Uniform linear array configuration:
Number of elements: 16
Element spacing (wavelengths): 0.25
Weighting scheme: uniform
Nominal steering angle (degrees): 60
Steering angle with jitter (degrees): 60.741
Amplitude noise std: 0.05
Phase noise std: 0.05

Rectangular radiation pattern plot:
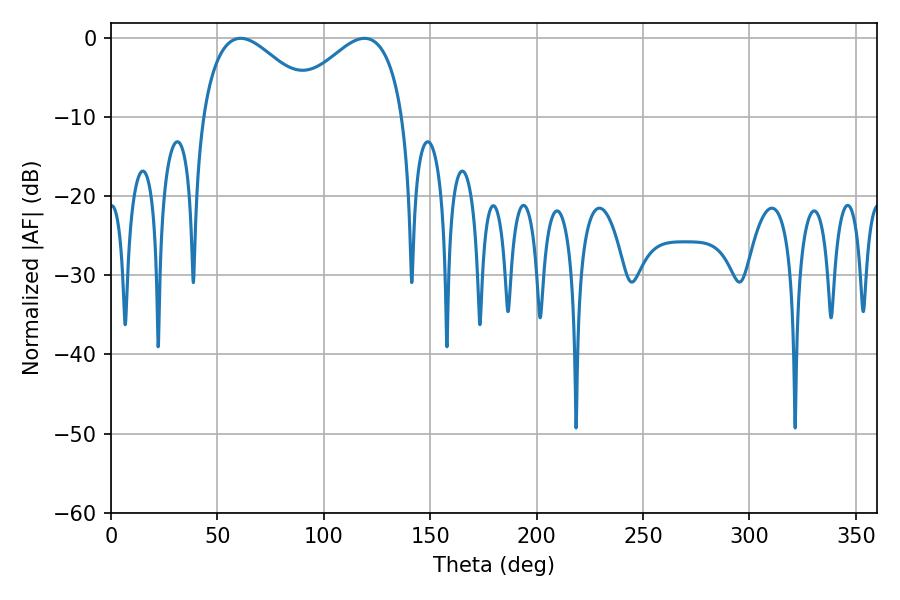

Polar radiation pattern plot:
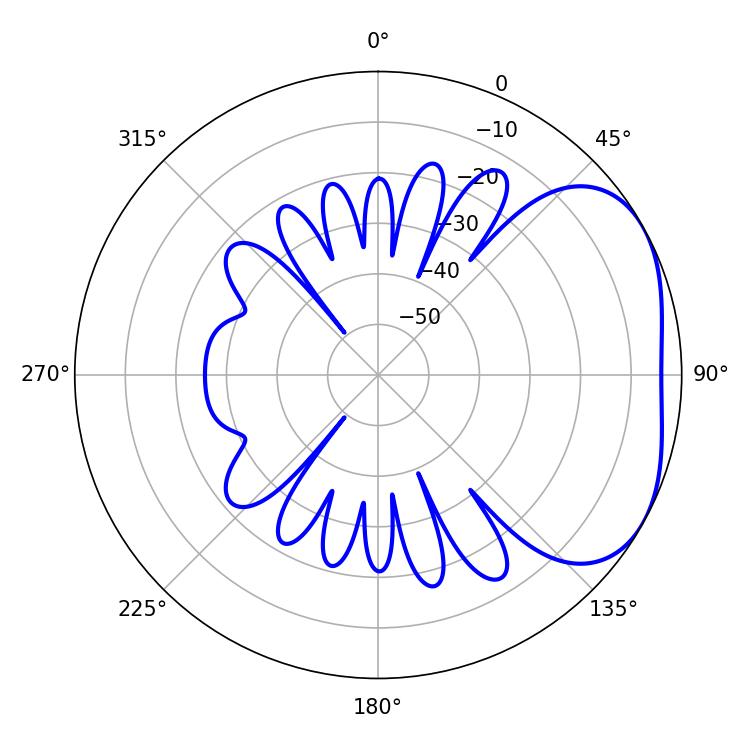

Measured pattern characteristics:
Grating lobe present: FALSE
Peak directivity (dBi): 3.265
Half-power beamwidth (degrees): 29.88
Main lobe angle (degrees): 60.84